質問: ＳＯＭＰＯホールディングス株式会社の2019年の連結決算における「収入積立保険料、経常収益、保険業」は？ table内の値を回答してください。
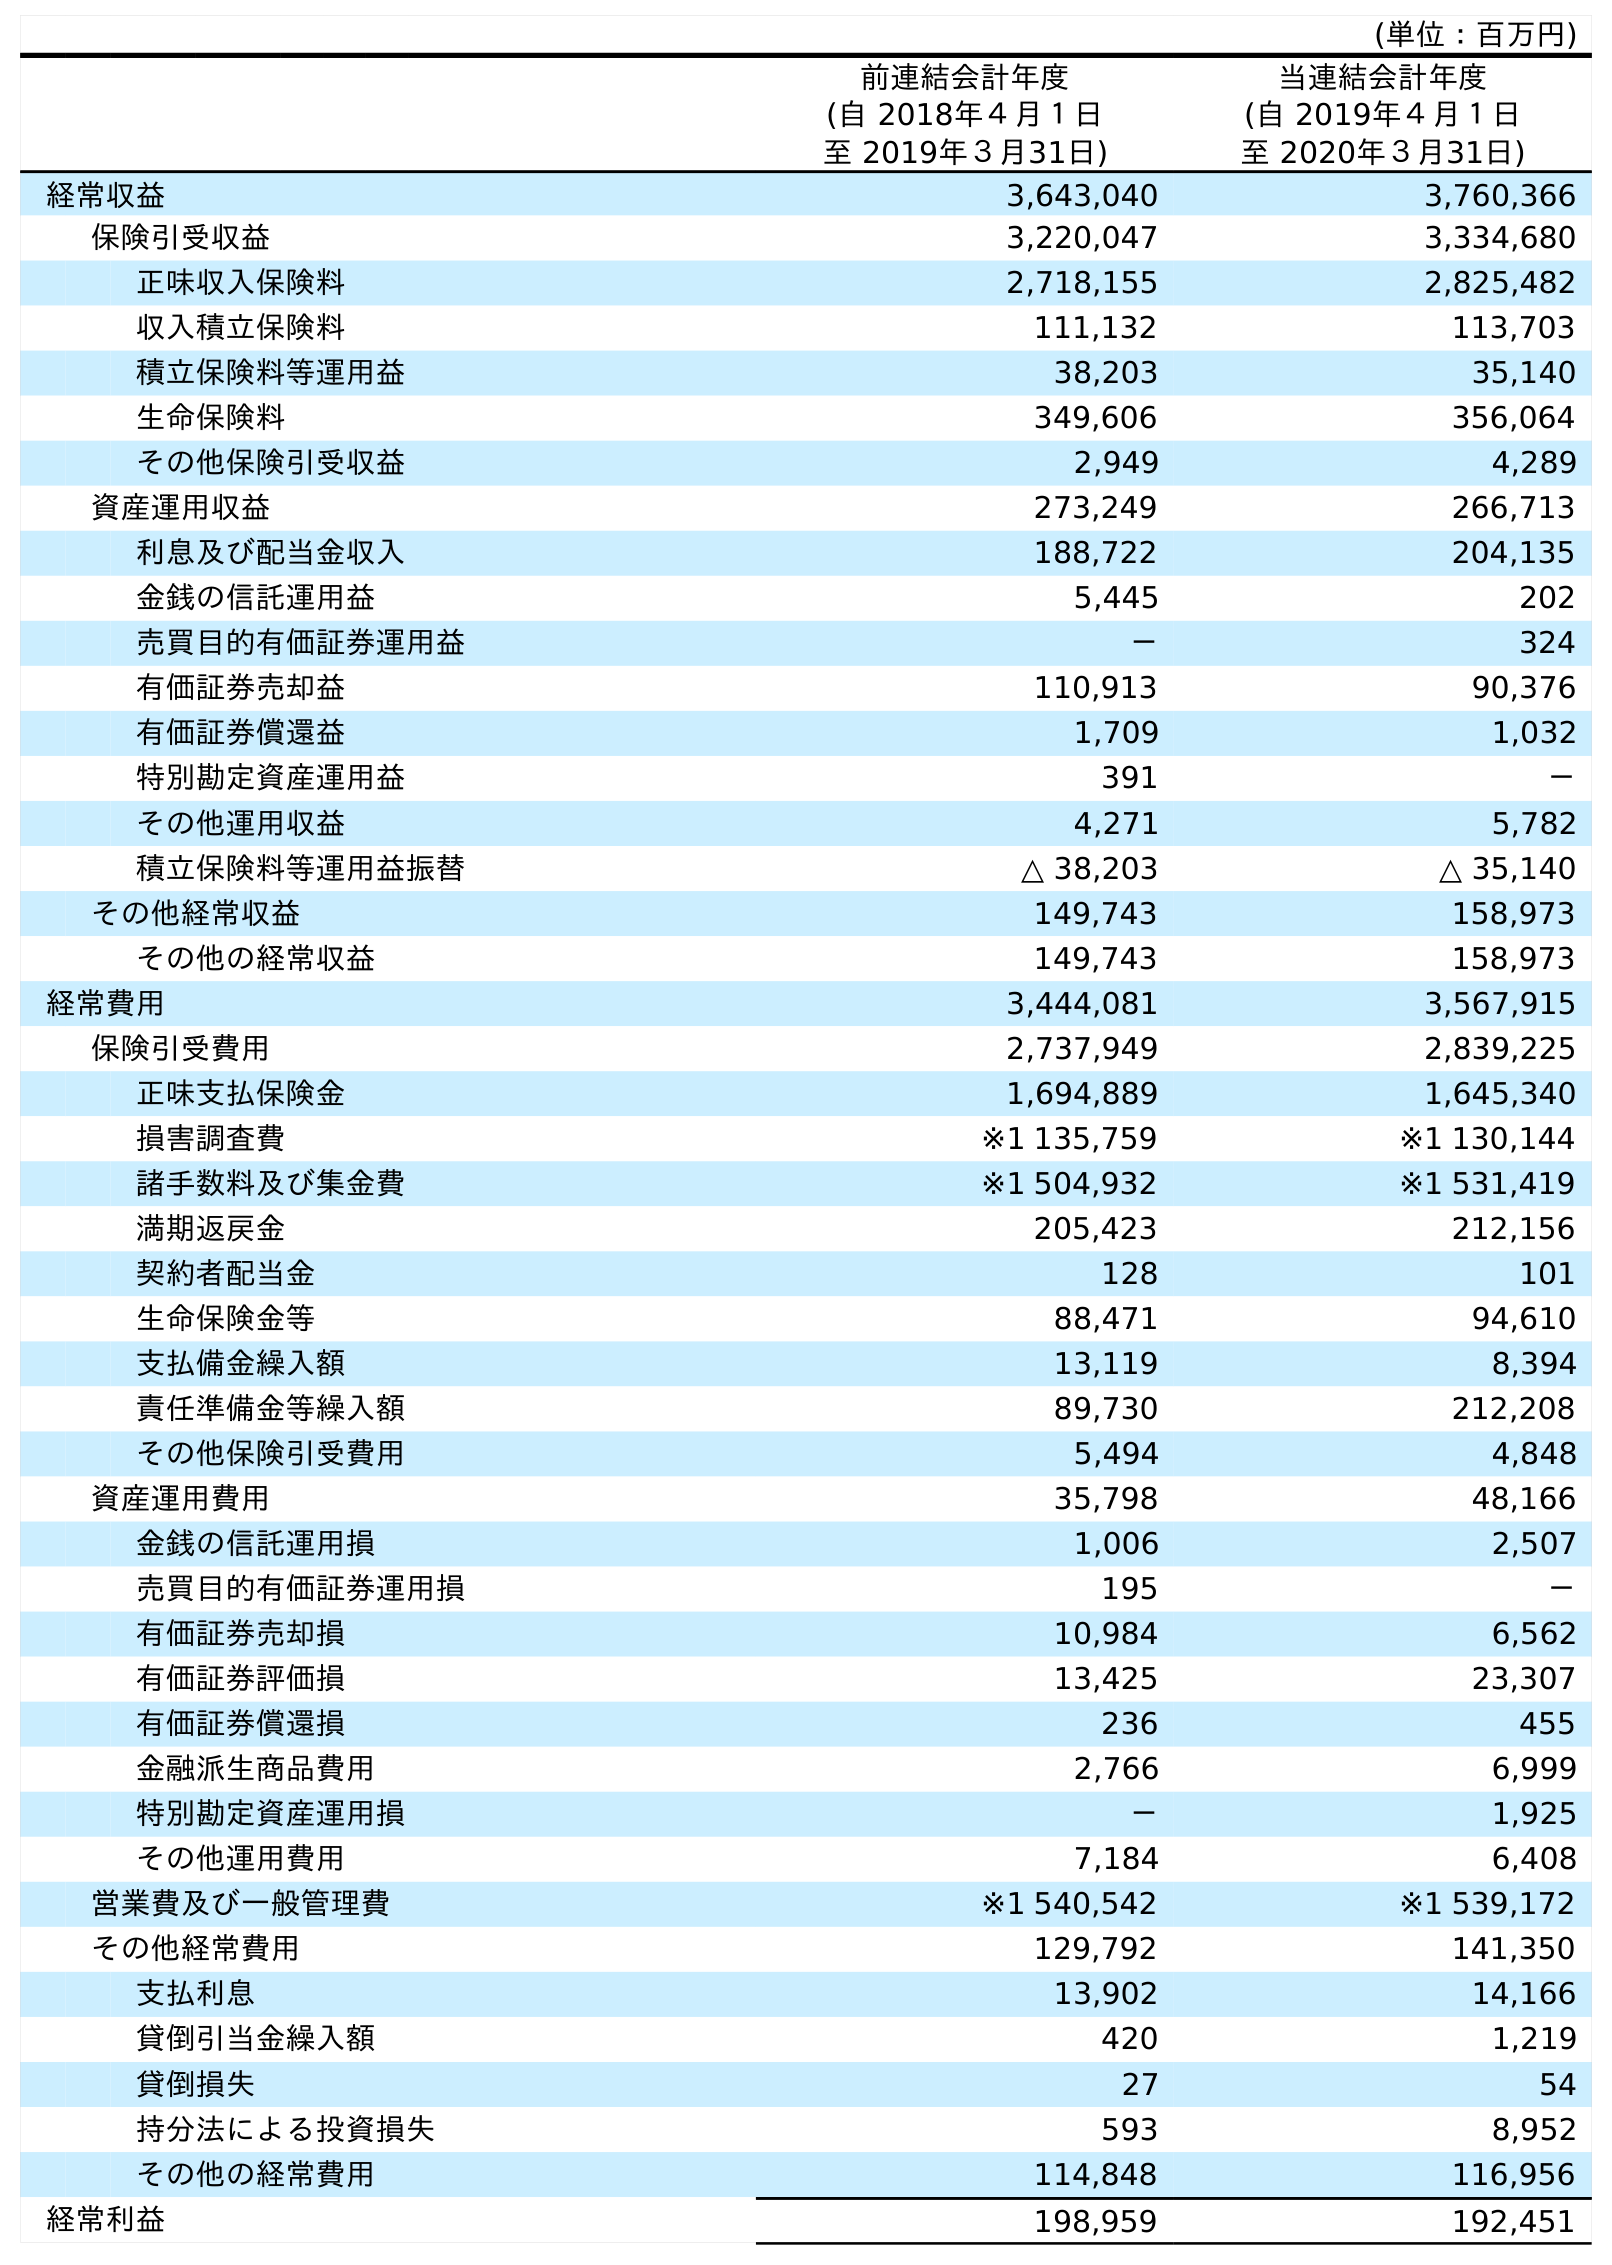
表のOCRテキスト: (単位：百万円) 前連結会計年度 (自 2018年４月１日 至 2019年３月31日) 当連結会計年度 (自 2019年４月１日 至 2020年３月31日) 経常収益 3,643,040 3,760,366 保険引受収益 3,220,047 3,334,680 正味収入保険料 2,718,155 2,825,482 収入積立保険料 111,132 113,703 積立保険料等運用益 38,203 35,140 生命保険料 349,606 356,064 その他保険引受収益 2,949 4,289 資産運用収益 273,249 266,713 利息及び配当金収入 188,722 204,135 金銭の信託運用益 5,445 202 売買目的有価証券運用益 － 324 有価証券売却益 110,913 90,376 有価証券償還益 1,709 1,032 特別勘定資産運用益 391 － その他運用収益 4,271 5,782 積立保険料等運用益振替 △ 38,203 △ 35,140 その他経常収益 149,743 158,973 その他の経常収益 149,743 158,973 経常費用 3,444,081 3,567,915 保険引受費用 2,737,949 2,839,225 正味支払保険金 1,694,889 1,645,340 損害調査費 ※1 135,759 ※1 130,144 諸手数料及び集金費 ※1 504,932 ※1 531,419 満期返戻金 205,423 212,156 契約者配当金 128 101 生命保険金等 88,471 94,610 支払備金繰入額 13,119 8,394 責任準備金等繰入額 89,730 212,208 その他保険引受費用 5,494 4,848 資産運用費用 35,798 48,166 金銭の信託運用損 1,006 2,507 売買目的有価証券運用損 195 － 有価証券売却損 10,984 6,562 有価証券評価損 13,425 23,307 有価証券償還損 236 455 金融派生商品費用 2,766 6,999 特別勘定資産運用損 － 1,925 その他運用費用 7,184 6,408 営業費及び一般管理費 ※1 540,542 ※1 539,172 その他経常費用 129,792 141,350 支払利息 13,902 14,166 貸倒引当金繰入額 420 1,219 貸倒損失 27 54 持分法による投資損失 593 8,952 その他の経常費用 114,848 116,956 経常利益 198,959 192,451
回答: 111,132